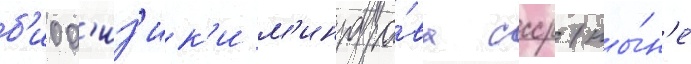
б'иоф'из'ик'и м'инздра́ва ссср (ны́н'е